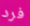
فرد